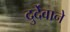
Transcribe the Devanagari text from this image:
दुर्देवाने